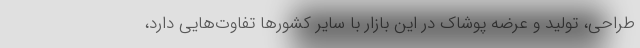
طراحی، تولید و عرضه پوشاک در این بازار با سایر کشورها تفاوت‌هایی دارد،